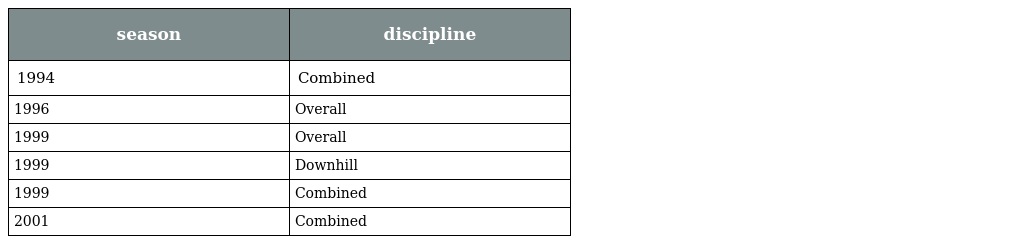
| season | discipline |
 | --- | --- |
 | 1994 | Combined |
 | 1996 | Overall |
 | 1999 | Overall |
 | 1999 | Downhill |
 | 1999 | Combined |
 | 2001 | Combined |